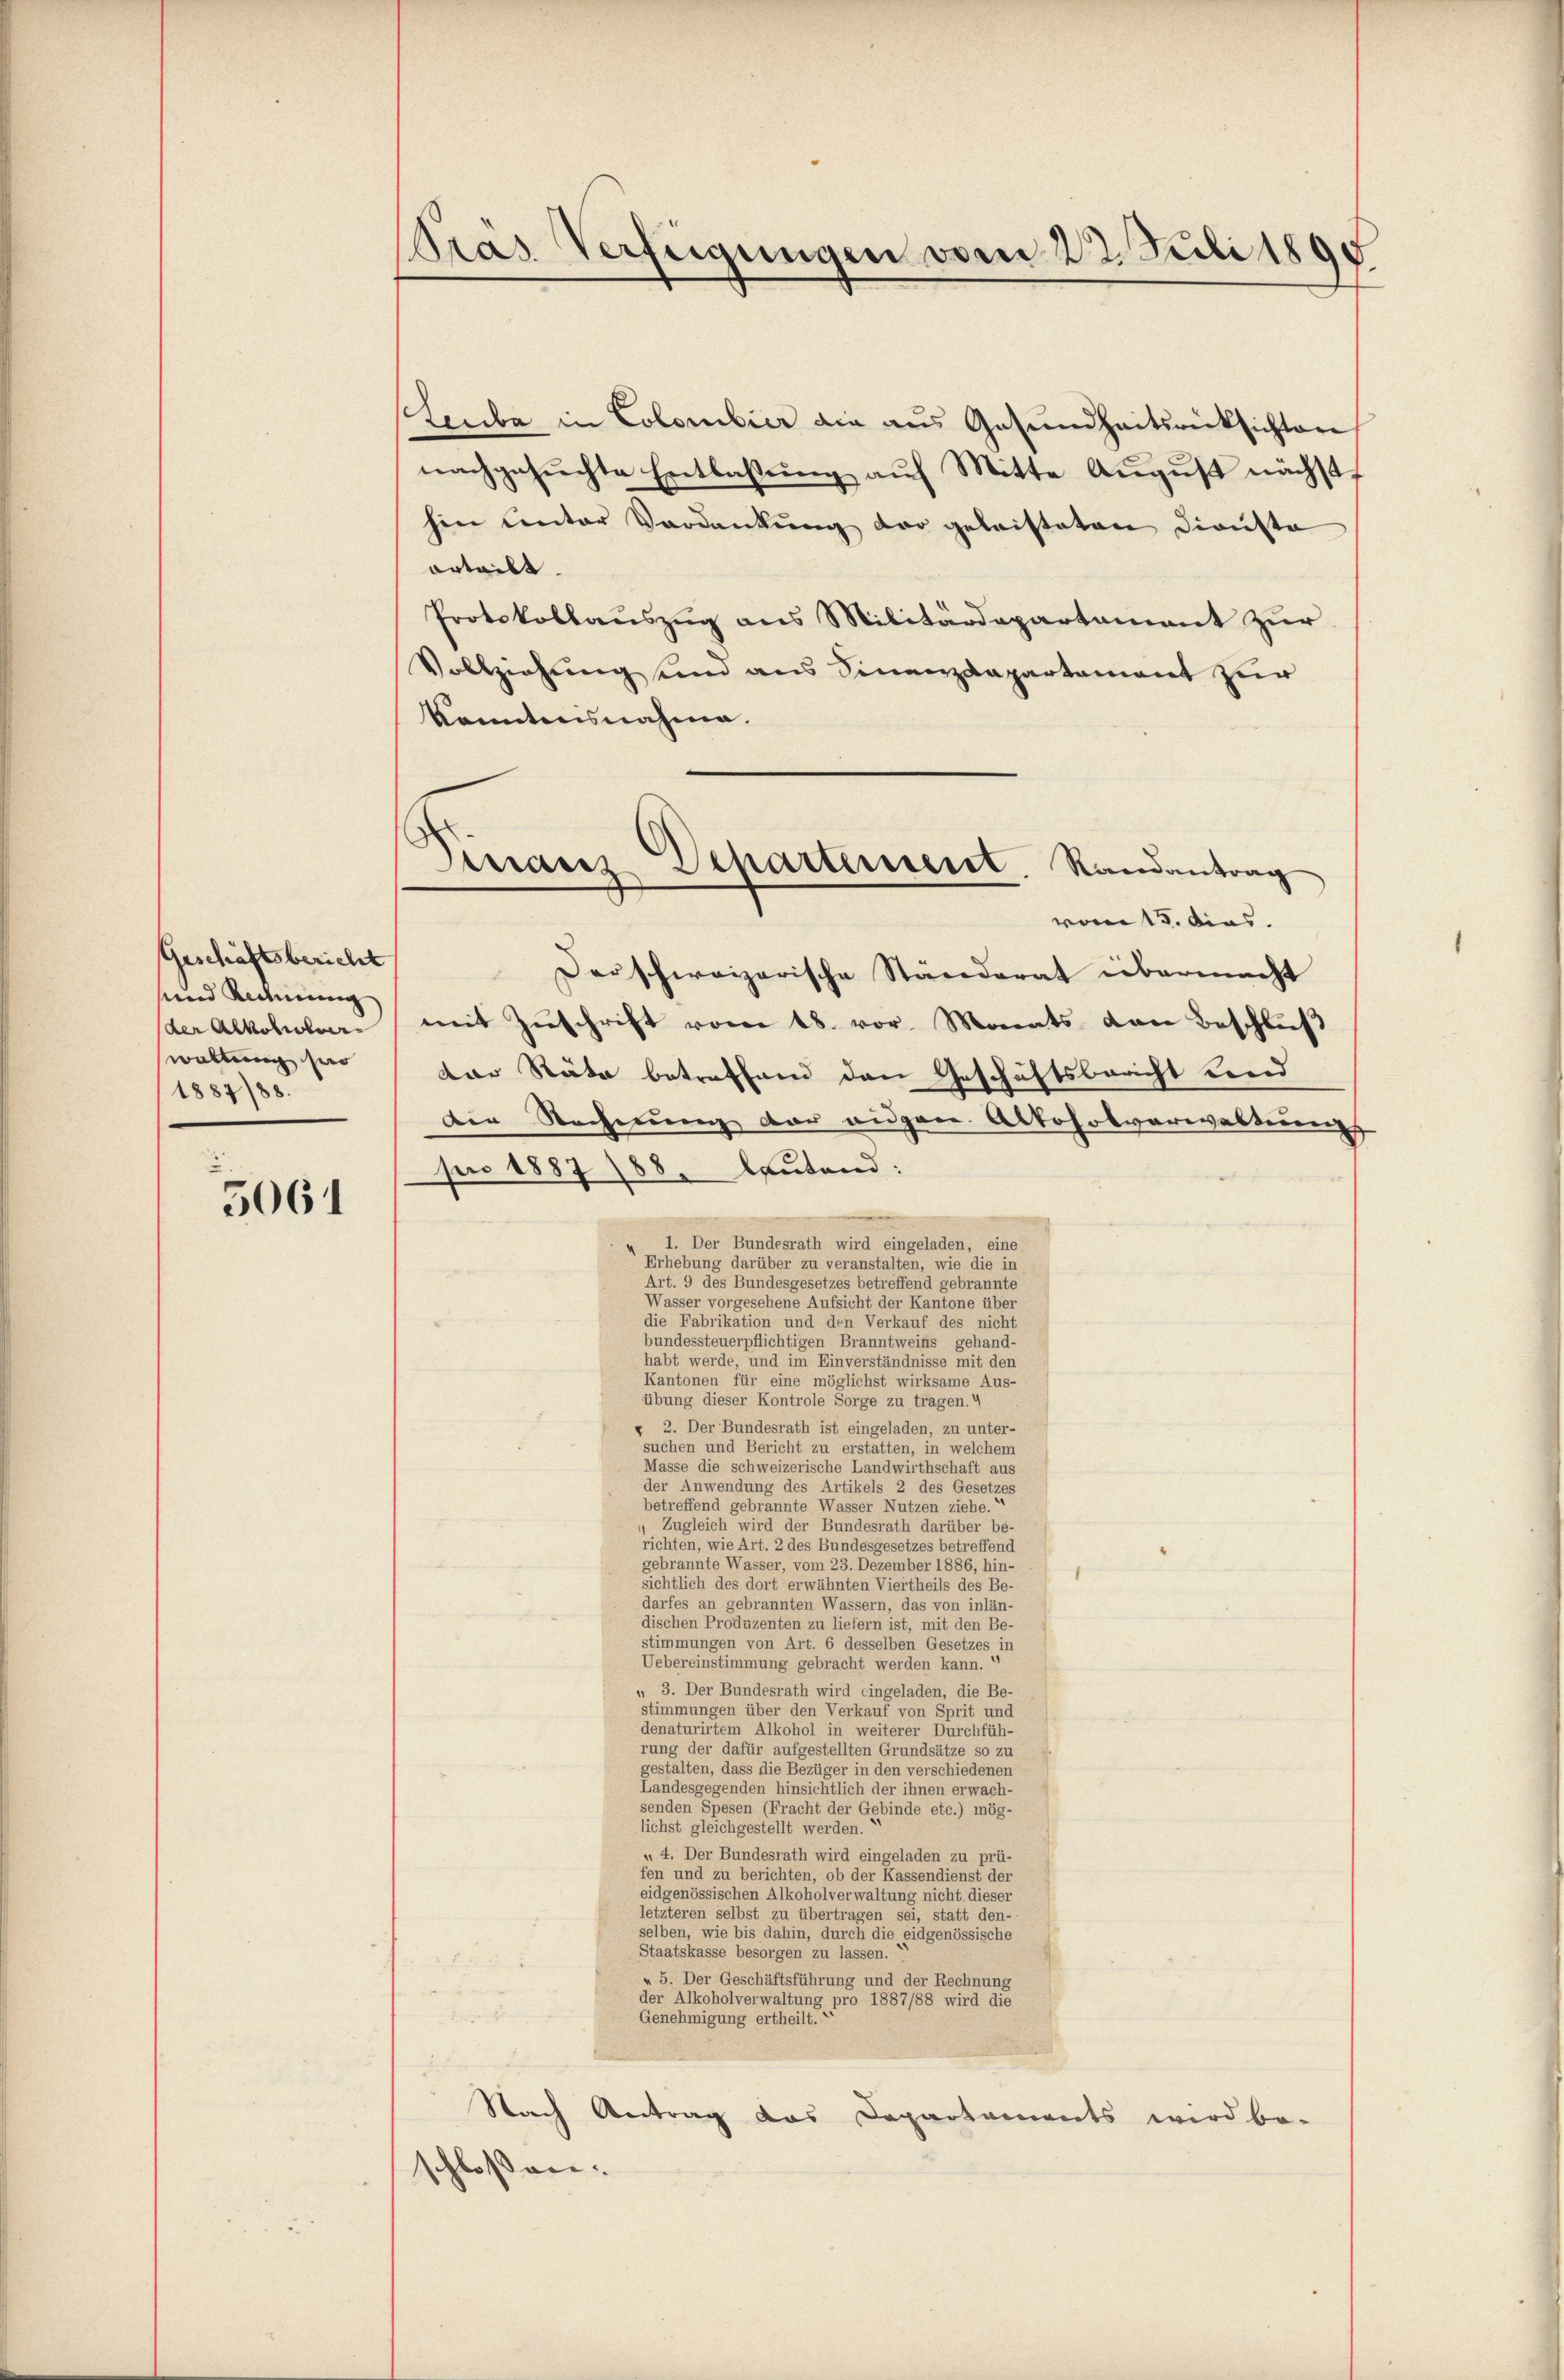
Geschäftsbericht
und Rechnung
(der Alkoheuer
waltung für
1887/88.

5064

Pras. Verfügungen vom 22. Juli 1895

Lerba in Colombier die aus Gesundheitsrücksichten
nachgesuchte Entlassung auf Mitte August nächst
hin Unter Verdankŭng vor geleisteten Dienste
orteilt.
Protokollauszug aus Militärdepartament zur
Vollziehung und aus Finanzdepartament zur
konntensnahme.
vom 15. dies
Derschweizerische Ständerat übermacht
mit Zŭschrift vom 18. vor. Monats von Beschlŭβ
dar Räte betreffend den Geschäftsbericht und
den Rechnŭng der eidgen. Alkoholverwaltung
pro 1887 188. Leutend:
1. Der Bundesrath wird eingeladen, eine
Erhebung darüber zu veranstalten, wie die in
Art. 9 des Bundesgesetzes betreffend gebrannte
Wasser vorgesehene Aufsicht der Kantone über
die Fabrikation und den Verkauf des nicht
bundessteuerpflichtigen Branntweins gehand-
habt werde, und im Einverständnisse mit den
Kantonen für eine möglichst wirksame Aus-
übung dieser Kontrole Sorge zu tragen.4
« 2. Der Bundesrath ist eingeladen, zu unter-
suchen und Bericht zu erstatten, in welchem
Masse die schweizerische Landwirthschaft aus
der Anwendung des Artikels 2 des Gesetzes
betreffend gebrannte Wasser Nutzen ziehe.
Zugleich wird der Bundesrath darüber be-
richten, wie Art. 2 des Bundesgesetzes betreffend
gebrannte Wasser, vom 23. Dezember 1886, hin-
sichtlich des dort erwähnten Viertheils des Be-
darfes an gebrannten Wassern, das von inlän-
dischen Produzenten zu liefern ist, mit den Be-
stimmungen von Art. 6 desselben Gesetzes i
in
Uebereinstimmung gebracht werden kann.
„ 3. Der Bundesrath wird eingeladen, die Be-
stimmungen über den Verkauf von Sprit und
denaturirtem Alkohol in weiterer Durchfüh-
rung der dafür aufgestellten Grundsätze so zu
gestalten, dass die Bezüger in den verschiedenen
Landesgegenden hinsichtlich der ihnen erwach-
senden Spesen (Fracht der Gebinde etc.) mög-
lichst gleichgestellt werden.
 4. Der Bundesrath wird eingeladen zu prü-
fen und zu berichten, ob der Kassendienst der
eidgenössischen Alkoholverwaltung nicht dieser
letzteren selbst zu übertragen sei, statt den-
selben, wie bis dahin, durch die eidgenössische
Staatskasse besorgen zu lassen. “
» 5. Der Geschäftsführung und der Rechnung
der Alkoholverwaltung pro 1887/88 wird die
Genehmigung ertheilt.
Nach Antrag das Departaments wird be-
schlossen:

d
raus Departement Randantrag